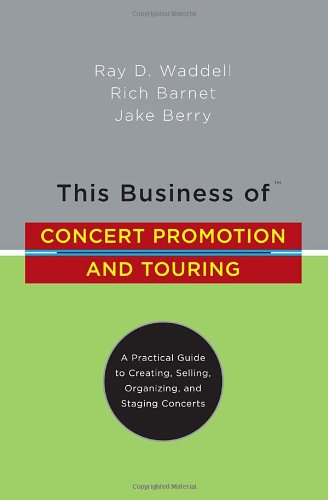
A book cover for This Business of Concert Promotion and Touring: "A Practical Guide to Creating, Selling, Organizing, and Staging Concerts"; Ray D. Waddell; Arts & Photography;